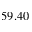
5 9 . 4 0